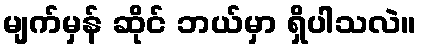
မျက်မှန် ဆိုင် ဘယ်မှာ ရှိပါသလဲ။